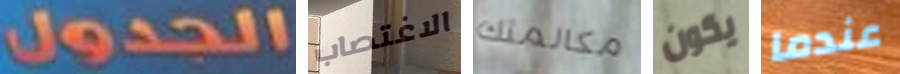
الجدول الاغتصاب مكالمتك يكون عندما